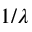
1 / \lambda